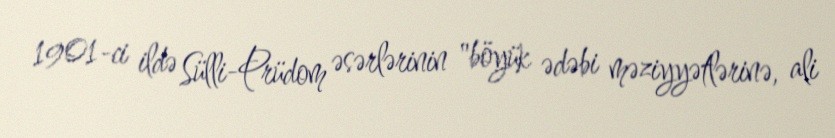
1901-ci ildə Sülli-Prüdom əsərlərinin "böyük ədəbi məziyyətlərinə, ali